system: You are a helpful assistant.
user:
Analyze the provided spectrum to determine if it is a **White Dwarf (WD)**.

A White Dwarf spectrum is defined by its **extreme purity** (due to gravitational settling) and/or **extreme pressure broadening** (due to high surface gravity). You must check for one of the following mutually exclusive signatures:

- **Key Visual Indicators (Check for ONE of these types):**

    - **1. DA-Type Signature (Most Common):**
        - **(Primary Feature):** Extreme pressure broadening (Stark broadening) of the **Hydrogen (H) Balmer lines**.
        - **(Key Lines):** $H\beta$ (approx. $4861$ Å) and $H\gamma$ (approx. $4340$ Å). $H\alpha$ (approx. $6563$ Å) will also be present if the wavelength range covers it.
        - **(Line Profile):** This is the **defining feature**. The lines are **NOT** sharp. They appear as massive, **extremely broad and deep "troughs" or "dips"** in the spectrum, often hundreds of Ångströms wide. The continuum will appear to "scoop" down at these wavelengths.
        - **(Distinction):** Normal A-type or B-type stars have *narrow* and *sharp* Hydrogen lines. A DA White Dwarf's lines are unmistakably "smeared" or "blurry" from pressure.

    - **2. DB-Type Signature:**
        - **(Primary Feature):** Broad absorption lines from **Neutral Helium (He I)**. The spectrum must lack any visible Hydrogen lines.
        - **(Key Lines):** Look for broad absorption near $4471$ Å, $4921$ Å, and $5876$ Å.
        - **(Line Profile):** These lines are also significantly pressure-broadened, appearing much wider than they would in a normal B-type main-sequence star.

    - **3. DC-Type Signature:**
        - **(Primary Feature):** A **featureless continuous spectrum**.
        - **(Line Profile):** The spectrum is a smooth curve with **no significant absorption or emission lines**.
        - **(Key Confirmation):** The continuum is almost always **blue or white**, indicating a hot object. This signature implies the atmosphere is so pure (or so cool) that no spectral lines are visible in the optical range. Its WD identity is confirmed by its extremely low intrinsic brightness (high absolute magnitude).

    - **4. DZ-Type Signature (Metal-Polluted):**
        - **(Primary Feature):** **Isolated, narrow metal absorption lines** on an otherwise featureless (DC-like) continuum.
        - **(Key Lines):** The **Calcium (Ca II) H & K doublet** (approx. **$3934$ Å** and **$3968$ Å**) is the most common and defining feature.
        - **(Line Profile):** These lines are "out of place." They are *not* part of a "forest" of thousands of lines. This signature is evidence of recent *accretion* (pollution) from rocky debris.
        - **(Distinction):** Normal G/K/M stars have a *dense forest* of thousands of metal lines. A DZ has a *clean* continuum with *only a few* strong metal lines.

    - **5. DQ-Type Signature (Carbon-Polluted):**
        - **(Primary Feature):** Absorption bands from **Carbon (C₂ "Swan Bands" or atomic C I)**.
        - **(Key Lines - C₂):** Look for bandheads with a "saw-tooth" shape near $5635$ Å, **$5165$ Å** (strongest), and $4737$ Å.
        - **(Key Confirmation):** The underlying **continuum must be blue or white** (hot).
        - **(Distinction):** This is the critical difference from a **Carbon Star**, which has the *exact same* C₂ bands but on an extremely **red, cool** continuum.

- **(Overall Spectrum):**
    - The continuum (overall shape) is typically **blue-sloping** (brighter in the blue than the red), as most white dwarfs are very hot.
    - The spectrum will look "pure" or "simple," dominated by only *one* of the five signatures listed above.

Think first, call **spectral_visualization_tool** if needed to examine features in detail, then provide your final answer. Your response must adhere to the following strict rules:
1.  **Overall Structure:** Your response must follow the format `<think>...</think> <tool_call>...</tool_call> (if a tool is used) <answer>...</answer>`.
2.  **Tool Usage Constraint:** You may only make **one** tool call per turn.
3.  **Final Answer Format:** In the `<answer>` tag, your conclusion must be inside a `\boxed{}` command (e.g., `\boxed{YES}` or `\boxed{NO}`), followed by your justification.

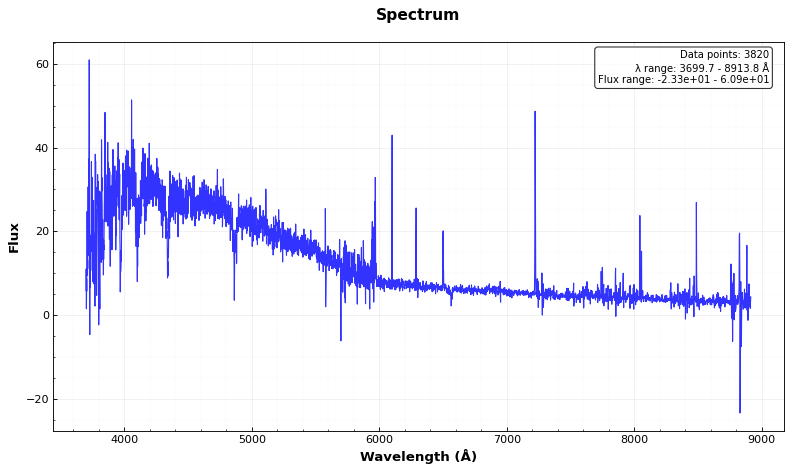
Answer: NO